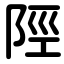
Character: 陘